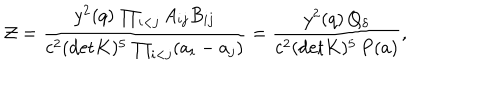
{ \cal Z } = { \frac { y ^ { 2 } ( q ) \, \prod _ { i < j } A _ { i j } B _ { i j } } { c ^ { 2 } ( \mathrm { d e t } K ) ^ { 5 } \, \prod _ { i < j } ( a _ { i } - a _ { j } ) } } = { \frac { y ^ { 2 } ( q ) \, Q _ { \delta } } { c ^ { 2 } ( \mathrm { d e t } K ) ^ { 5 } \, P ( a ) } } ,